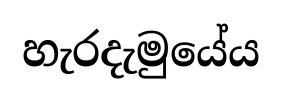
හැරදැමුයේය